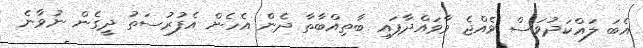
އެބަ ލައްކަދުވަސް ވެއްޖެ ވާވައްދާފައި ބާތިއްބާތާ ދެން އެހެން އެފުރުސަތު ދީގެން ނުވާނެ